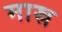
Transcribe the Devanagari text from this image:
मास्र